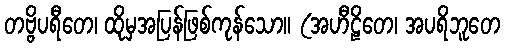
တဗ္ဗိပရီတေ၊ ထိုမှအပြန်ဖြစ်ကုန်သော။ (အဟီဠိတေ၊ အပရိဘူတေ